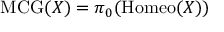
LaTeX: \mathrm { { M C G } } ( X ) = \pi _ { 0 } ( \mathrm { { H o m e o } } ( X ) )